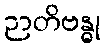
ဉာတိဗန္ဓု